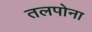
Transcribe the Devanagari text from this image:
तलपोना